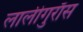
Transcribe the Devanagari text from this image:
लालीगुराँस